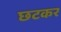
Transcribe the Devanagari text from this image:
छटकर